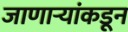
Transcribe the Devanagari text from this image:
जाणाऱ्यांकडून